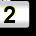
Digit: 2